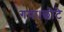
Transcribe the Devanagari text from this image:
गया।छोटे